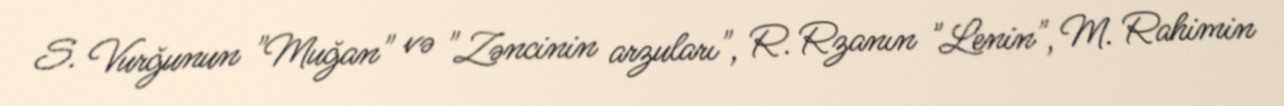
S. Vurğunun "Muğan" və "Zəncinin arzuları", R. Rzanın "Lenin", M. Rahimin